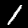
Label: 1